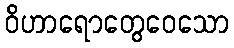
ဝိဟာရောတွေဝေသော